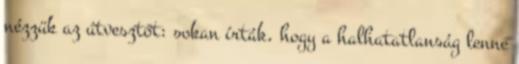
nézzük az útvesztőt: sokan írták, hogy a halhatatlanság lenne